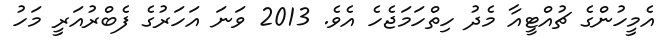
އެމީހުންގެ ޗުއްޓީއާ މެދު ހިތްހަމަޖެހެ އެވެ. 2013 ވަނަ އަހަރުގެ ފެބްރުއަރީ މަހު